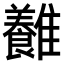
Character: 𩁥